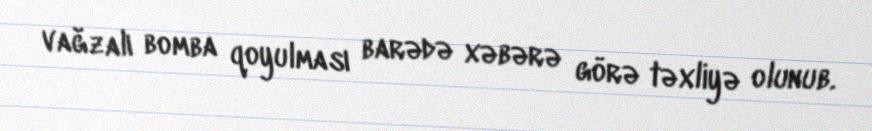
vağzalı bomba qoyulması barədə xəbərə görə təxliyə olunub.